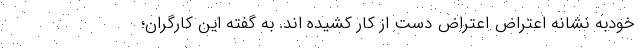
خودبه نشانه اعتراض اعتراض دست از کار کشیده اند. به گفته این کارگران؛